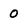
Character: O